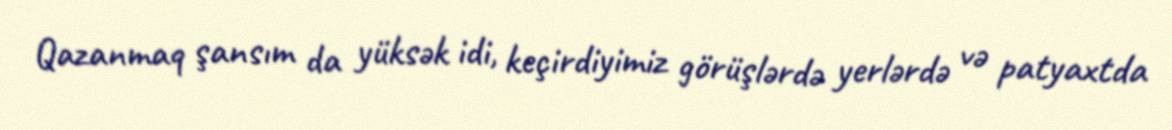
Qazanmaq şansım da yüksək idi, keçirdiyimiz görüşlərdə yerlərdə və patyaxtda